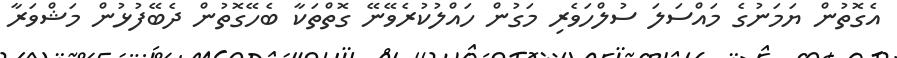
އެގޮތުން ޔަމަނުގެ މައްސަލަ ސުލްހަވެރި މަގުން ހައްލުކުރެވޭނޭ ގޮތްތަކާ ބެހޭގޮތުން ދެބޭފުޅުން މަޝްވަރާ